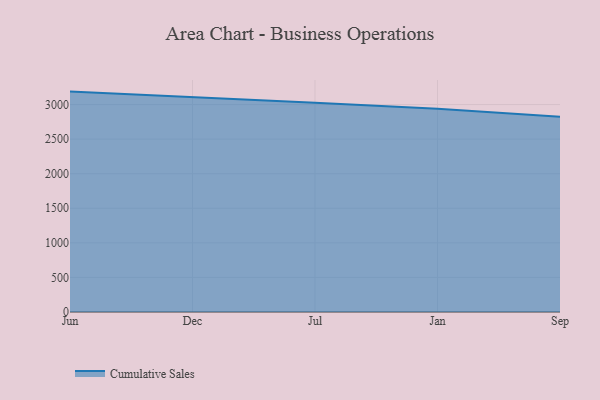
{"axis": {"x": "Month", "y": "Website Visitors"}, "legend": ["Cumulative Sales"], "data": [{"x": "Jun", "y": 3187.5, "type": "Cumulative Sales"}, {"x": "Dec", "y": 3111.2, "type": "Cumulative Sales"}, {"x": "Jul", "y": 3026.1, "type": "Cumulative Sales"}, {"x": "Jan", "y": 2940.3, "type": "Cumulative Sales"}, {"x": "Sep", "y": 2825.4, "type": "Cumulative Sales"}]}